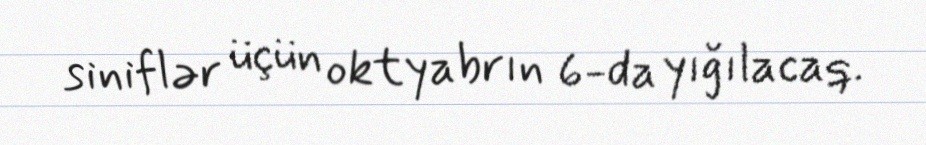
siniflər üçün oktyabrın 6-da yığılacaq.